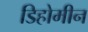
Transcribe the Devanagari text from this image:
डिहोमीन